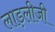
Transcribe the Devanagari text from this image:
लाड़लीजी